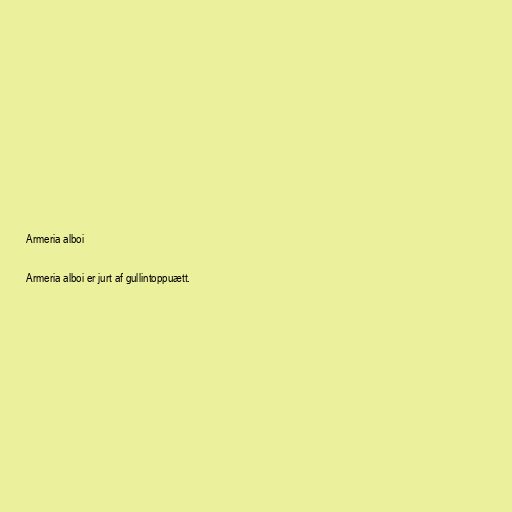
Armeria alboi

Armeria alboi er jurt af gullintoppuætt.